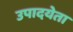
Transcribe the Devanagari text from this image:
उपादयेता